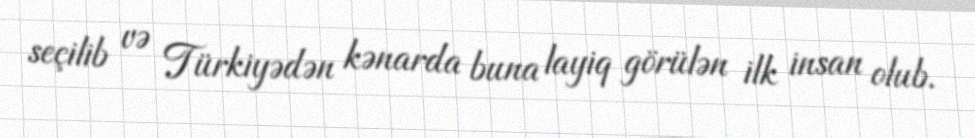
seçilib və Türkiyədən kənarda buna layiq görülən ilk insan olub.